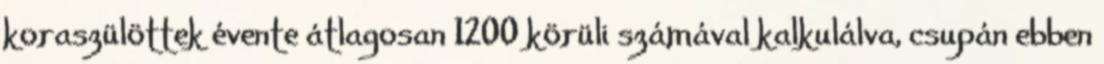
koraszülöttek évente átlagosan 1200 körüli számával kalkulálva, csupán ebben